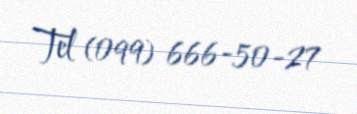
Tel (099) 666-50-27